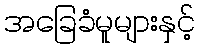
အခြေခံမူများနှင့်